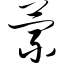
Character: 萦